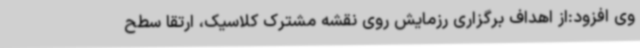
وی افزود:از اهداف برگزاری رزمایش روی نقشه مشترک کلاسیک، ارتقا سطح